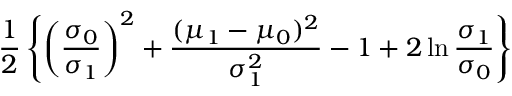
{ \frac { 1 } { 2 } } \left\{ \left( { \frac { \sigma _ { 0 } } { \sigma _ { 1 } } } \right) ^ { 2 } + { \frac { ( \mu _ { 1 } - \mu _ { 0 } ) ^ { 2 } } { \sigma _ { 1 } ^ { 2 } } } - 1 + 2 \ln { \frac { \sigma _ { 1 } } { \sigma _ { 0 } } } \right\}